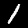
Label: 1